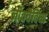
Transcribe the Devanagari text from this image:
जीववैविध्य